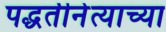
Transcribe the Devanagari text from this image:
पद्धतीनेत्याच्या